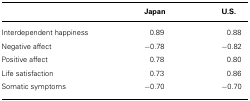
<table><thead><tr><td></td><td><b>Japan</b></td><td><b>U.S.</b></td></tr></thead><tbody><tr><td>Interdependent happiness</td><td>0.89</td><td>0.88</td></tr><tr><td>Negative affect</td><td>-0.78</td><td>-0.82</td></tr><tr><td>Positive affect</td><td>0.78</td><td>0.80</td></tr><tr><td>Life satisfaction</td><td>0.73</td><td>0.86</td></tr><tr><td>Somatic symptoms</td><td>-0.70</td><td>-0.70</td></tr></tbody></table>